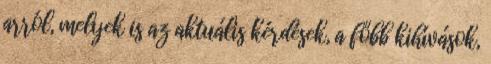
arról, melyek is az aktuális kérdések, a főbb kihívások,